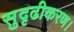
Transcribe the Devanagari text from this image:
सुदृढीकरण।